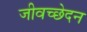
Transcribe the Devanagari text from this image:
जीवच्छेदन